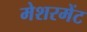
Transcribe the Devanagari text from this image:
मेशरमेंट